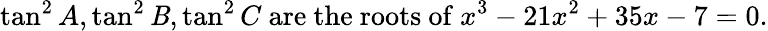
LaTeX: \tan^{2}A,\tan^{2}\mathit{B},\tan^{2}C{\mathrm{{~are~the~roots~of~}}}x^{3}-21x^{2}+35x-7=0.